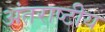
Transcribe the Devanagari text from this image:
अंतराष्टीय